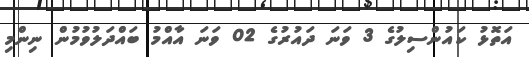
އަތޮޅު ކައުންސިލުގެ 3 ވަނަ ދައުރުގެ 02 ވަނަ އާއްމު ބައްދަލުވުމުން ނިންމި